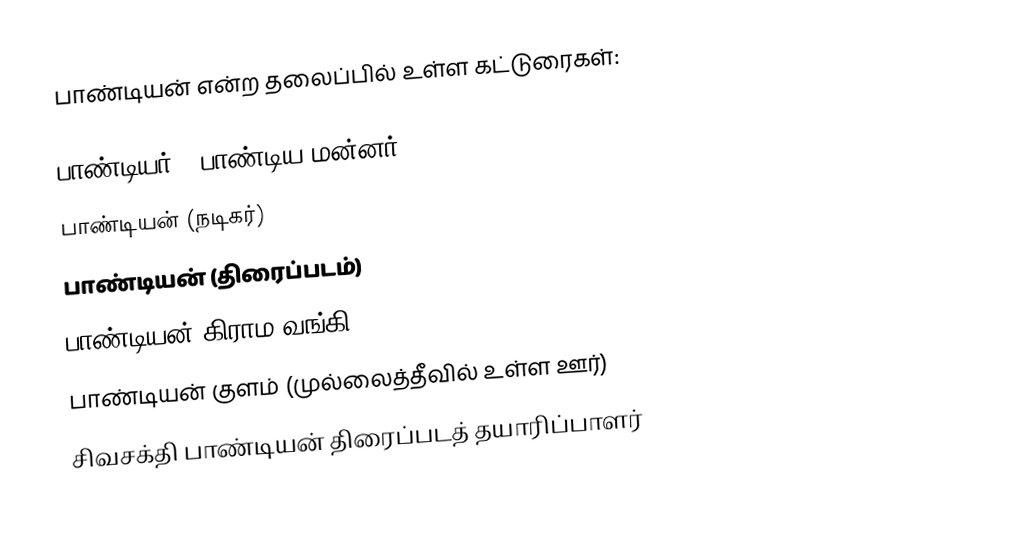
பாண்டியன் என்ற தலைப்பில் உள்ள கட்டுரைகள்:

 பாண்டியர் - பாண்டிய மன்னர்
 பாண்டியன் (நடிகர்)
 பாண்டியன் (திரைப்படம்)
 பாண்டியன் கிராம வங்கி
 பாண்டியன் குளம் (முல்லைத்தீவில் உள்ள ஊர்)
 சிவசக்தி பாண்டியன் திரைப்படத் தயாரிப்பாளர்